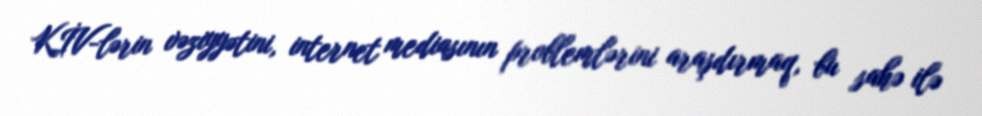
KİV-lərin vəziyyətini, internet mediasının problemlərini araşdırmaq, bu sahə ilə